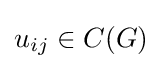
u_{ij}\in C(G)